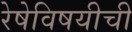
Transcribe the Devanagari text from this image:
रेषेविषयीची